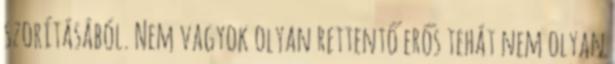
szorításából. Nem vagyok olyan rettentő erős tehát nem olyan